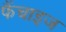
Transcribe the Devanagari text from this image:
फैंचाइज